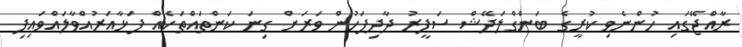
ރާއްޖޭގައި ހުންނެވި ކުރީގެ ބަންގްލަދޭޝް ސަފީރު ދާދިފަހުން ވަރަށް ގިނަ ކަންތައްތަކެއް ފަޅާއަރުއްވާލައްވައިފި